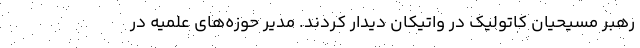
رهبر مسیحیان کاتولیک در واتیکان دیدار کردند. مدیر حوزه‌های علمیه در